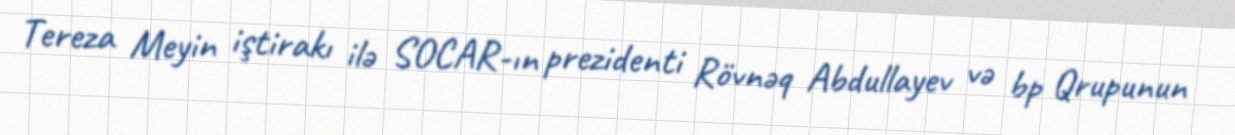
Tereza Meyin iştirakı ilə SOCAR-ın prezidenti Rövnəq Abdullayev və bp Qrupunun